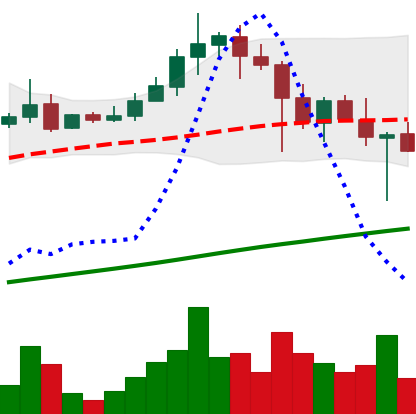
Ticker: ADA-USD
Chart end date: 2021-04-24
Forward return: 18.764%
Label: up_7plus